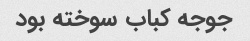
جوجه کباب سوخته بود